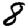
Digit: 8